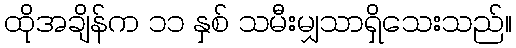
ထိုအချိန်က ၁၁ နှစ် သမီးမျှသာရှိသေးသည်။